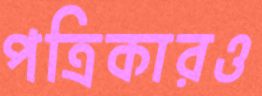
পত্রিকারও